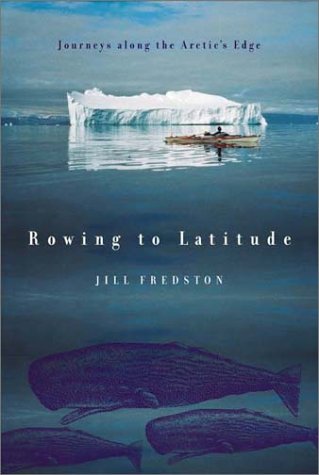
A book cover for Rowing to Latitude: Journeys Along the Arctic's Edge; Jill Fredston; Sports & Outdoors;